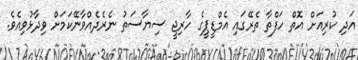
އަދި ކުރިއަށް އޮތް ހަފްތާ ތެރޭގައި އެމްޑީޕީގެ ހާރިޖީ ސިޔާސަތު ނެރެދެއްވާނޭކަމަށް ވިދާޅުވިއެވެ.